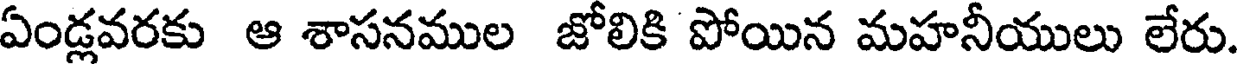
ఏండ్లవరకు ఆ శాసనముల జోలికి పోయిన మహనీయులు లేరు.